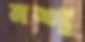
মশ